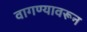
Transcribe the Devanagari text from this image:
वागण्यावरून